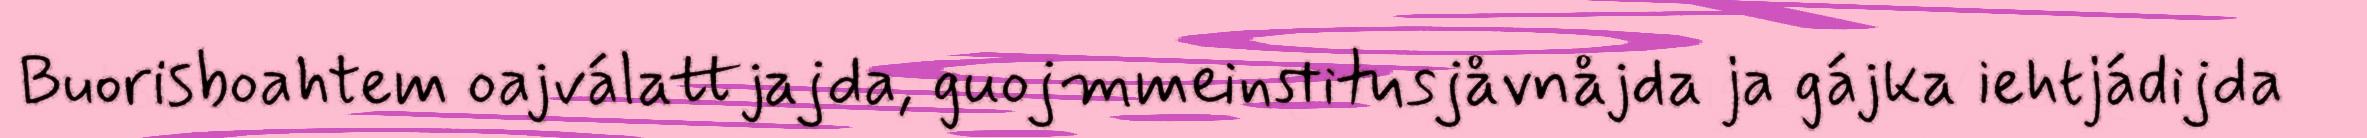
Buorisboahtem oajválattjajda, guojmmeinstitusjåvnåjda ja gájka iehtjádijda